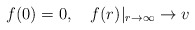
\begin{align*}f(0) = 0, ~~~ f(r)|_{r \rightarrow \infty} \rightarrow v\end{align*}